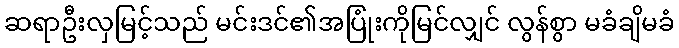
ဆရာဦးလှမြင့်သည် မင်းဒင်၏အပြုံးကိုမြင်လျှင် လွန်စွာ မခံချိမခံ